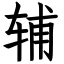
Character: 辅